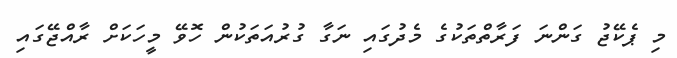
މި ޕެކޭޖު ގަންނަ ފަރާތްތަކުގެ މެދުގައި ނަގާ ގުރުއަތަކުން ހޮވޭ މީހަކަށް ރާއްޖޭގައި